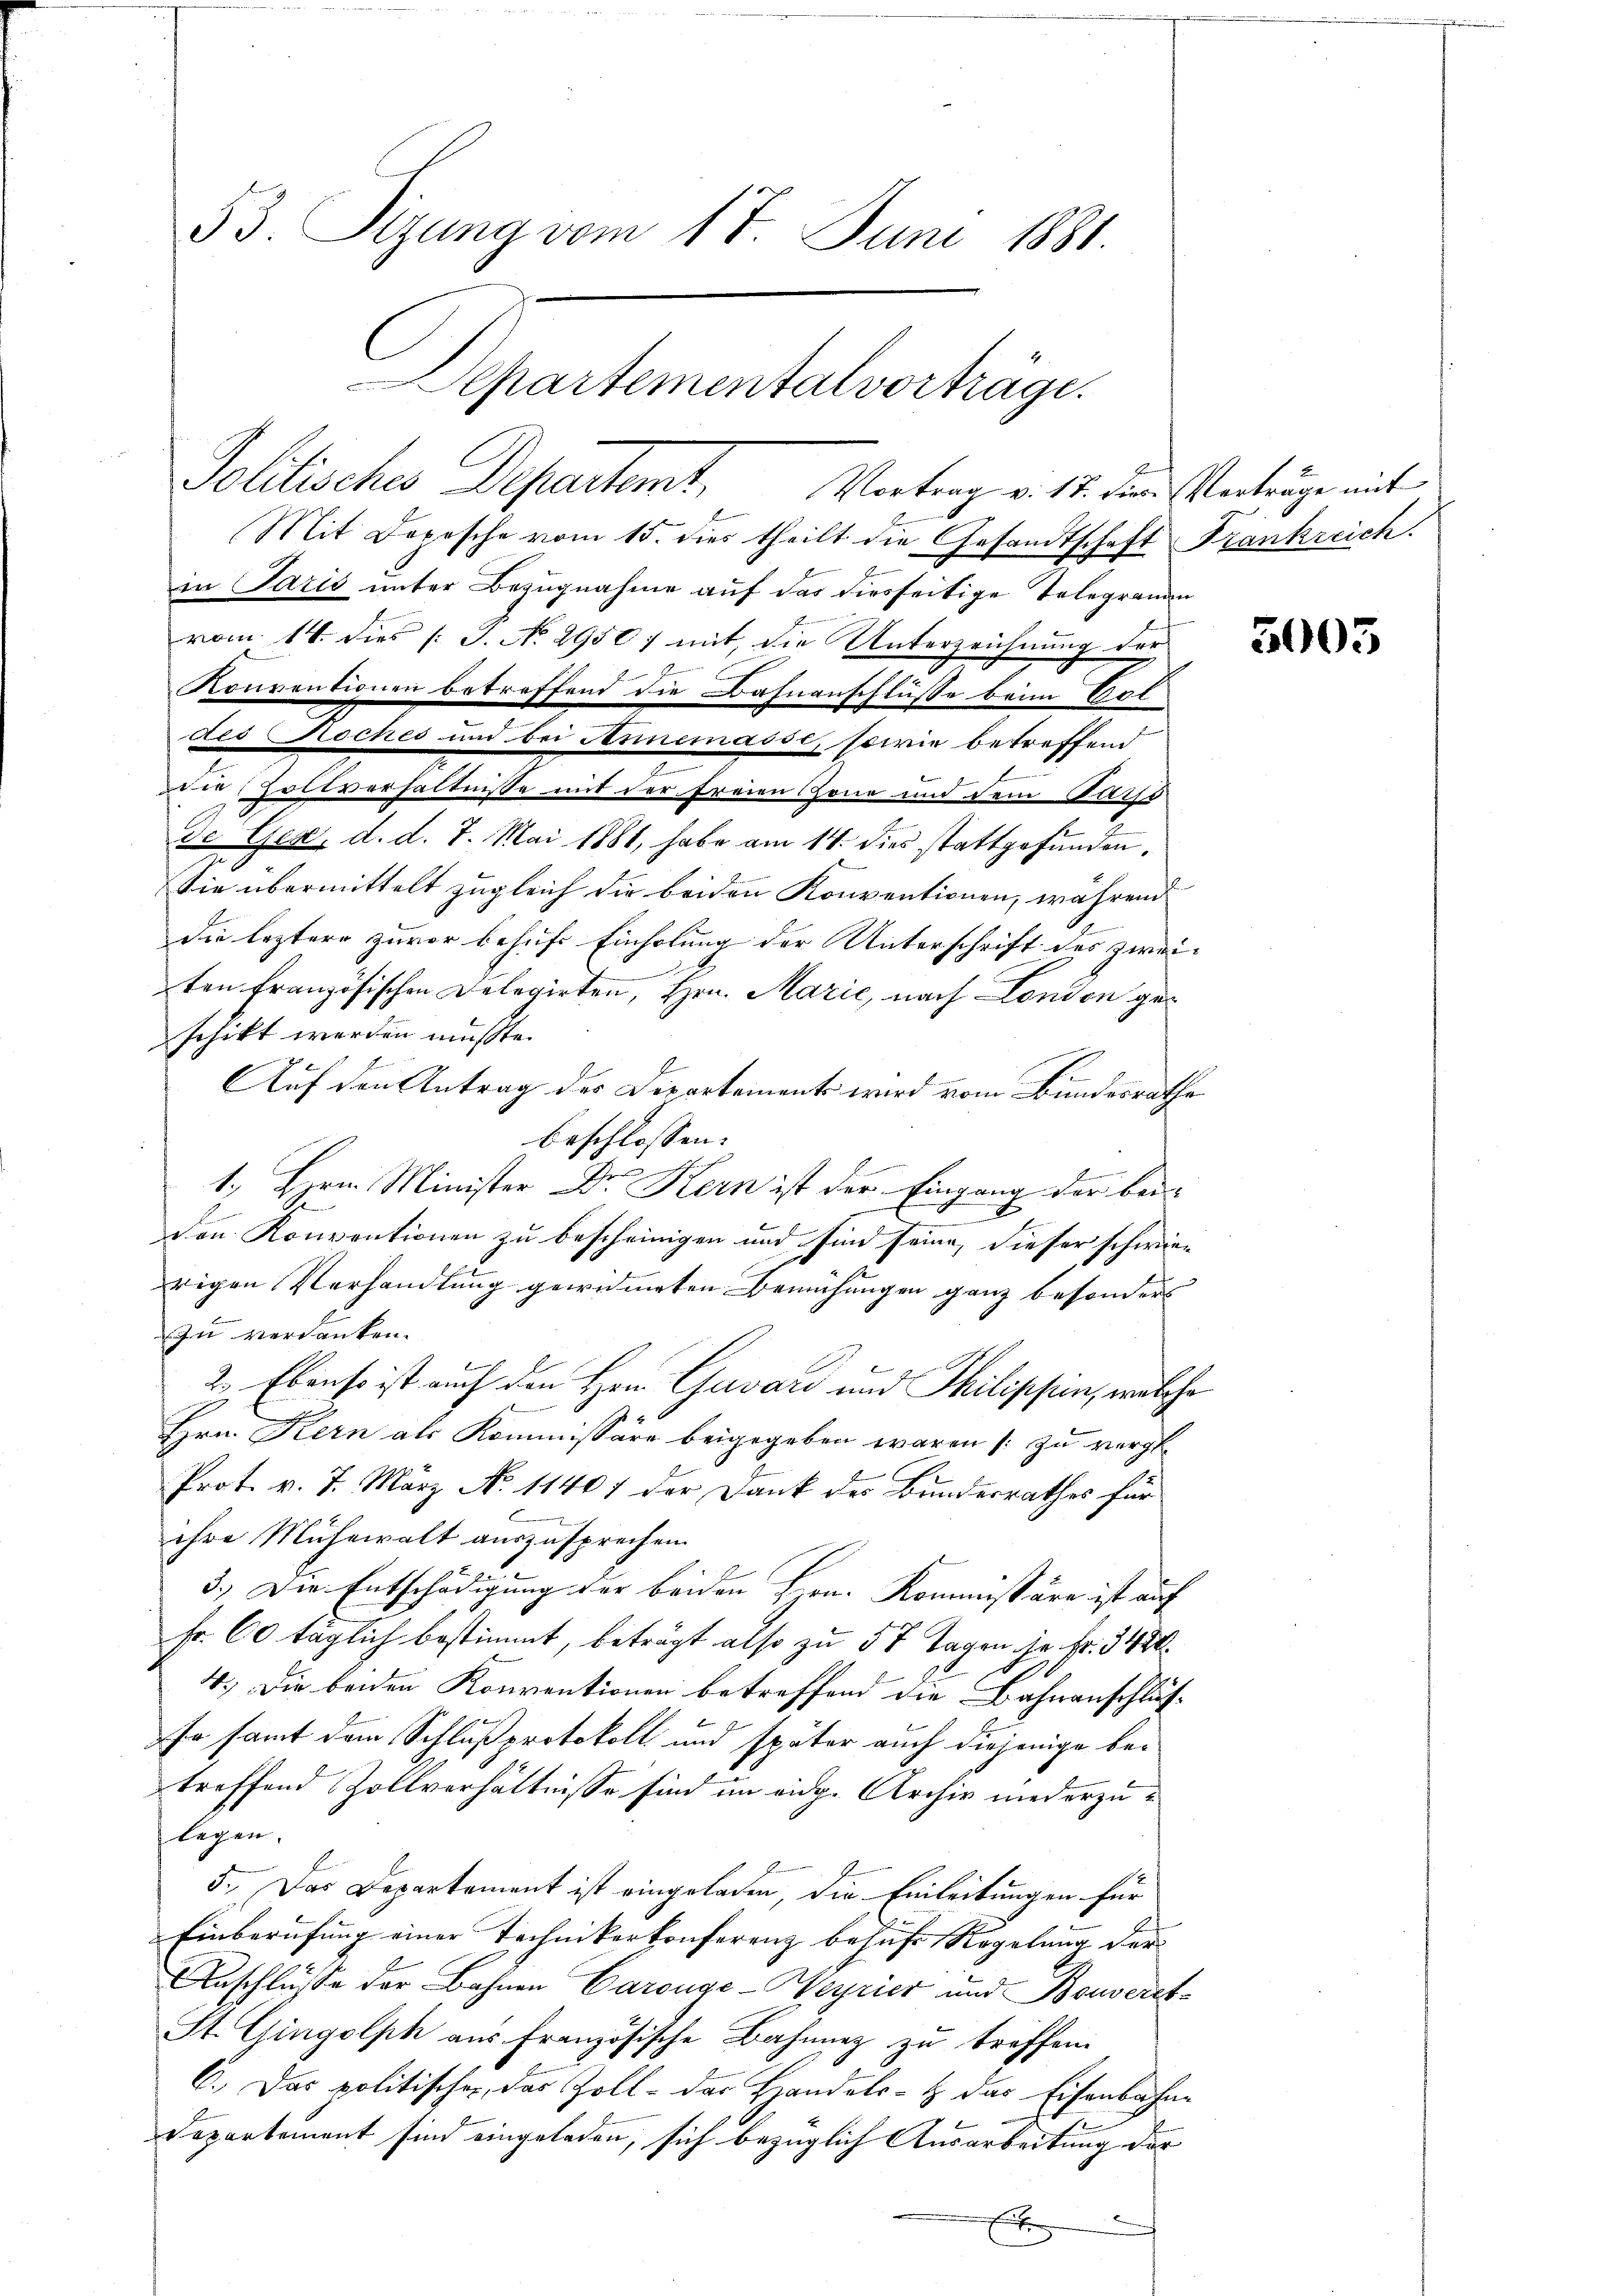
53. Sizung vom 17. Juni 1881

Mit Depesche vom 15. dies theilt die Gesandtschaft Frankreich.
in Paris unter Bezugnahme auf das diesseitige Telegranden
vom 14. dies [J. No. 2956; mit, die Unterzeichnung der
.
Konventionen betreffend die Bahnanschlüsse beim Vol
des Koches und bei Annemasse, sowie betreffend
oder Zollverhältnisse mit der Freien Zone und dem Falls
de Gex, d. d. 7. Mai 1881, habe am 14. dies stattgefunden,
Sie übermittelt zugleich die beiden Konventionen, während
die leztere zuvor behufs Einholung der Unterschrift des zwei-
ement
ten französischen Delegirten, Hrn. Marie, nach London geschikt werden müßte.
Auf den Antrag des Departements wird vom Bundesrathe
beschlossen:
1., Hrn. Minister Dr. Kern ist der Eingang der bei
xx
den Konventionen zu bescheinigen und sind seine, dieser schwierigen Verhandlung gewidmeten Bemühungen ganz besonders
zu verdanken.
2. Ebenso ist auch den Hrn. Cavard und Philischein, welche
Hrn. Kern als Kommissäre beigegeben waren [zu vergle
Prot. v. 7. März No. 11401 der Dank des Bundesrathes für
ihre Mühewalt auszusprechen.
3.) Die Entschädigung der beiden Hrn. Kommissäre ist auf
Fr. 60 täglich bestimmt, beträgt also zu 5 7 Tagen je Fr. 348.
4.) Die beiden Konventionen betreffend die Bahnanschlus¬
Fn samt dem Schlußprotokoll und später auch diejenige betreffend Zollverhältnisse sind im eidg. Archiv niederzulegen,
5. Das Departement ist eingeladen, die Einleitungen für
Einberufung einer Technikerkonferenz behufs Regelung der |
Anschlüsse der Bahnen Carouge-Meyrier und Bouverst
St. Gingolph aus französische Bahnung zu treffen.
C.) Das politischen, das Zoll- das Handels- & das Eisenbahne
Departement sind eingeladen, sich bezüglich Ausarbeitung der
Ei

Departementalvorträge.
Politisches Departamt. Vertrag v. 12. der Centrage mit

3005